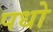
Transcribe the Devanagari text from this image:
पधो